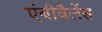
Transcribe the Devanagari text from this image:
एंबीवैलेंस